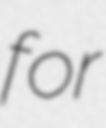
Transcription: for